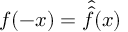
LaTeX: f ( - x ) = { \widehat { \widehat { f } } } ( x )